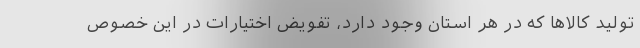
تولید کالاها که در هر استان‌ وجود دارد، تفویض اختیارات در این خصوص